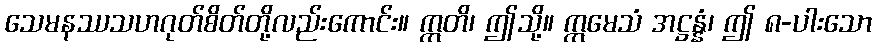
သေမနဿသဟဂုတ်စိတ်တို့လည်းကောင်း။ ဣတိ၊ ဤသို့။ ဣမေသံ အဋ္ဌန္နံ၊ ဤ ၈-ပါးသော